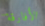
الأفارقة